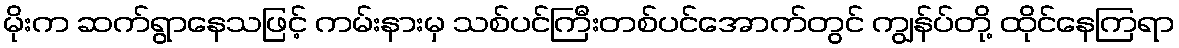
မိုးက ဆက်ရွာနေသဖြင့် ကမ်းနားမှ သစ်ပင်ကြီးတစ်ပင်အောက်တွင် ကျွန်ပ်တို့ ထိုင်နေကြရာ